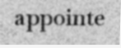
appointe